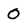
Character: 0